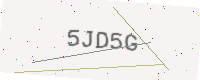
Text: 5JD5G